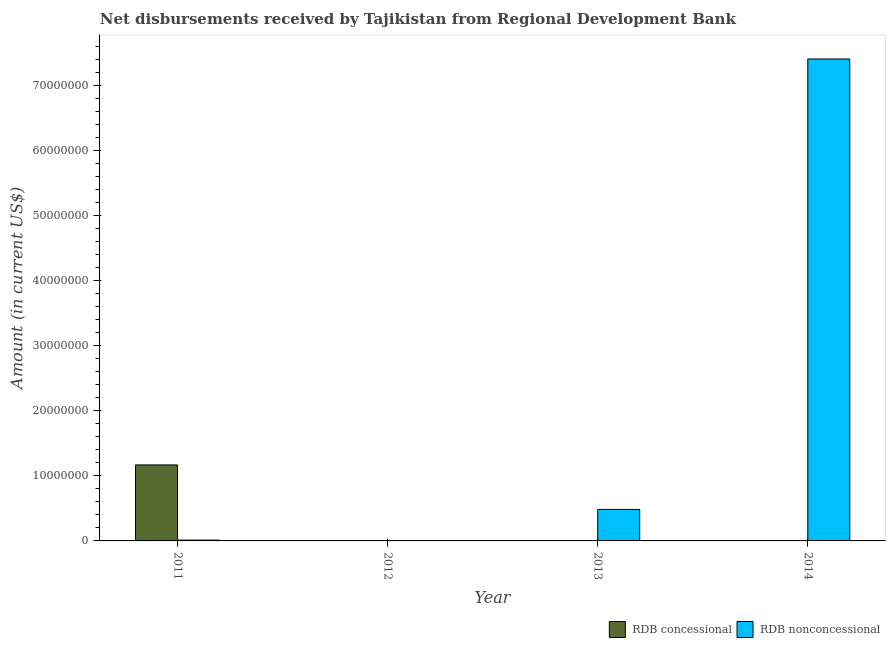
| Year | RDB concessional | RDB nonconcessional |
 | --- | --- | --- |
 | 2011 | 1.17e+07 | 1.25e+05 |
 | 2012 | -3.65e+06 | -3.22e+05 |
 | 2013 | -6.52e+06 | 4.84e+06 |
 | 2014 | -1.08e+07 | 7.41e+07 |